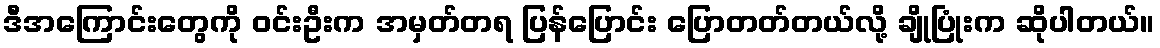
ဒီအကြောင်းတွေကို ဝင်းဦးက အမှတ်တရ ပြန်ပြောင်း ပြောတတ်တယ်လို့ ချိုပြုံးက ဆိုပါတယ်။